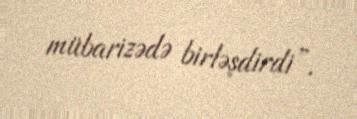
mübarizədə birləşdirdi”.